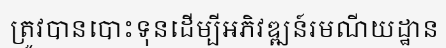
ត្រូវបានបោះទុនដើម្បីអភិវឌ្ឍន៍រមណីយដ្ឋាន